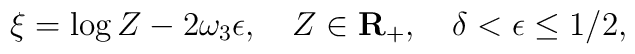
\xi=\log Z-2\omega_3\epsilon,\quad Z\in{\bf R}_+,\quad    \delta<\epsilon\leq1/2,